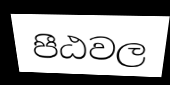
පීඨවල